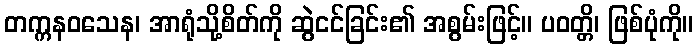
တက္ကနဝသေန၊ အာရုံသို့စိတ်ကို ဆွဲငင်ခြင်း၏ အစွမ်းဖြင့်။ ပဝတ္တိ၊ ဖြစ်ပုံကို။